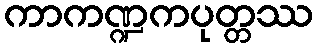
ကာကဏ္ဍကပုတ္တဿ